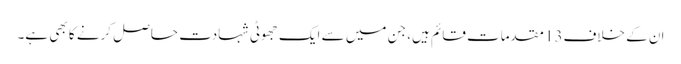
ان کے خلاف13 مقدمات قائم ہیں، جن میں سے ایک جھوٹی شہادت حاصل کرنے کا بھی ہے۔